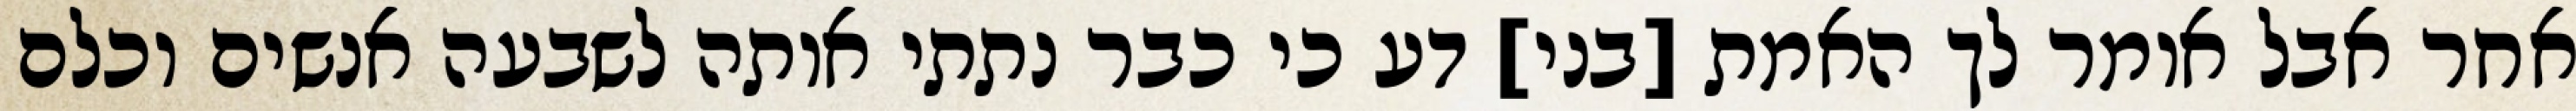
אחר אבל אומר לך האמת [בני] דע כי כבר נתתי אותה לשבעה אנשים וכלם